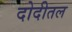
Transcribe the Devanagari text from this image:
दोदीतल